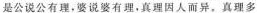
是公说公有理，婆说婆有理，真理因人而异，真理多